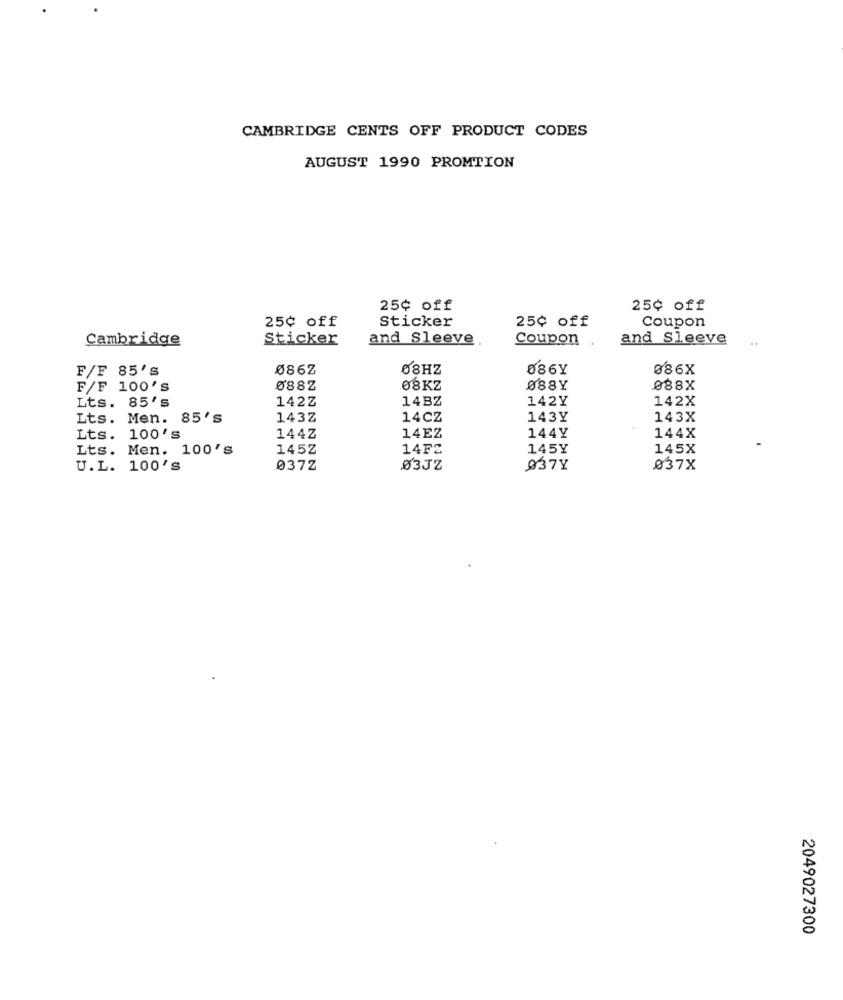
CAMBRIDGE CENTS OFF PRODUCT CODES
AUGUST 1990 PROMTION
25¢ off
25¢ off
25¢ off
25¢ off
Sticker
Coupon
Cambridge
Sticker
and Sleeve
Coupon
and Sleeve
F/F 85'S
086Z
08HZ
086Y
086X
F/F 100'S
Ø882
08KZ
088Y
088X
142Z
14BZ
142Y
142X
Lts. 85's
Lts. Men. 85's
143Z
14CZ
143Y
143X
144Y
Lts. 100's
144Z
14EZ
144X
Lts. Men. 100's
145Z
14FZ
145Y
145X
U.L. 100'S
037Z
03JZ
937Y
037X
2049027300